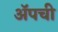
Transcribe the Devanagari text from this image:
ॲपची